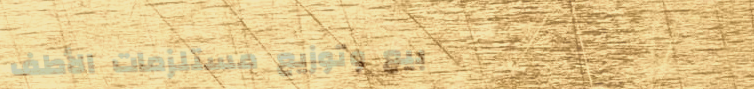
بيع وتوزيع مستلزمات الأطف